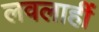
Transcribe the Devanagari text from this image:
लवलाहीं